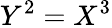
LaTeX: Y^{2}=X^{3}